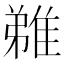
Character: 𨿝